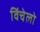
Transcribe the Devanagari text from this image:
विंचेलो